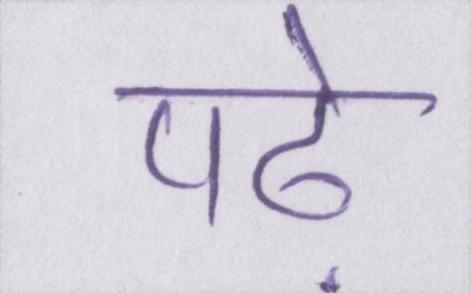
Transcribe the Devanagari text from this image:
पढ़े